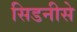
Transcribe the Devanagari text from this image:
सिडनीसे